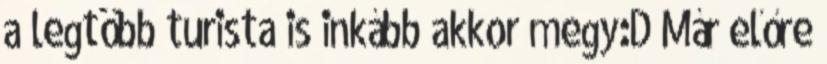
a legtöbb turista is inkább akkor megy:D Már előre